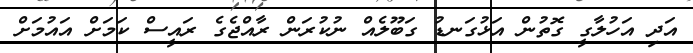
އަދި އަހުލާގީ ގޮތުން އަޅުގަނޑު ގަބޫލެއް ނުކުރަން ރާއްޖެގެ ރައީސް ކަމަށް އައުމަށް